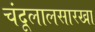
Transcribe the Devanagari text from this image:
चंदूलालसारखा